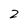
Character: 2